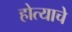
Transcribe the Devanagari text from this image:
होत्याचे